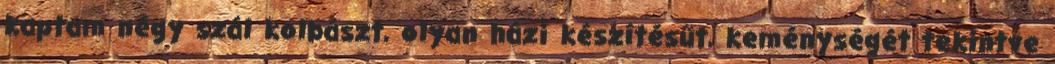
kaptam négy szál kolbászt, olyan házi készítésűt, keménységét tekintve